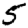
Digit: 5